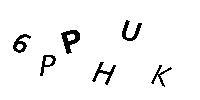
6PPHUK